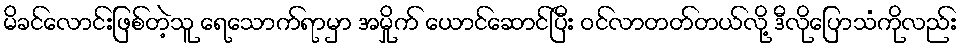
မိခင်လောင်းဖြစ်တဲ့သူ ရေသောက်ရာမှာ အမှိုက် ယောင်ဆောင်ပြီး ဝင်လာတတ်တယ်လို့ ဒီလိုပြောသံကိုလည်း